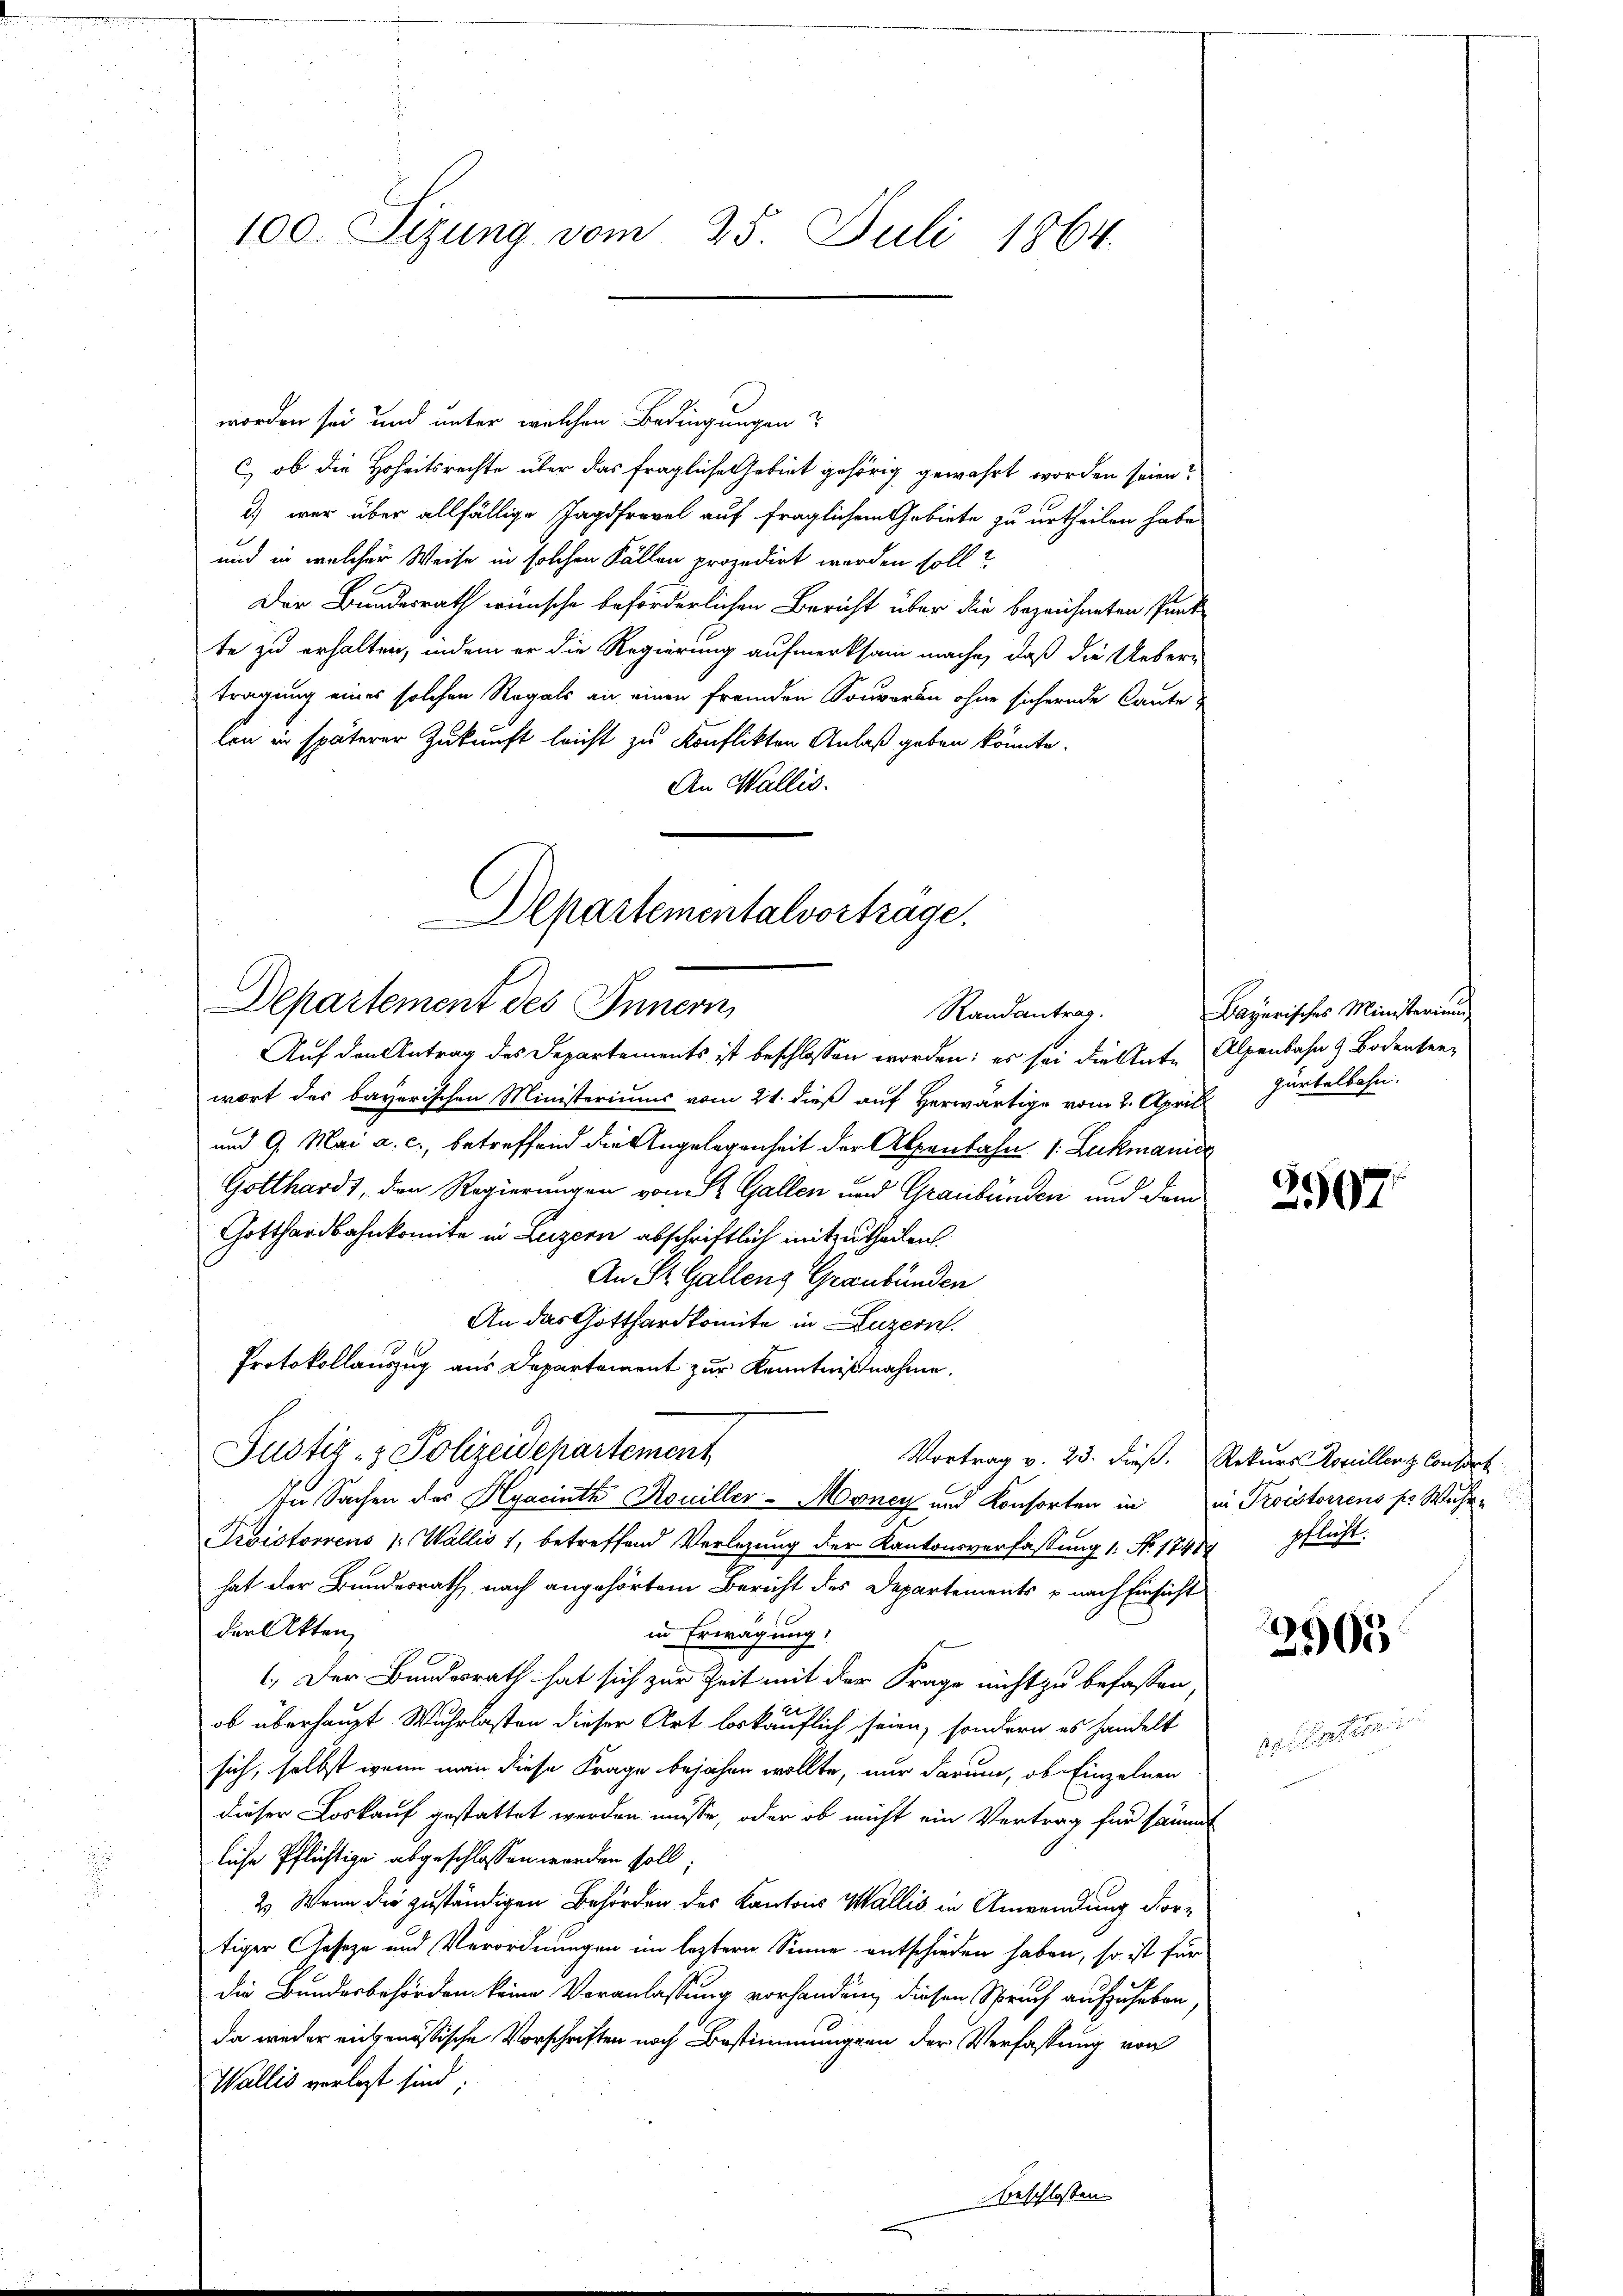
100. Sizung vom 25. Juli 1864.

worden sei und unter welchen Bedingungen
c, ob die Hoheitsrechte über das fragliche Gebiet gehörig gewährt worden seien?
) war über allfällige Jagdfrevel auf fraglichem Gebiete zu urtheilen habe
und in welcher Weise in solchen Fällen prozedirt werden soll?
Der Bundesrath wünsche beförderlichen Bericht über die bezeichneten Punk
te zu erhalten, indem er die Regierung aufmerksam mache, daß die Ueberi
tragung eines solchen Regals an einen fremden Souveran ohne sichernde Caute
len in späterer Zukunft leicht zu konflikten Anlaß geben könnte.
An Wallis.
Auf den Antrag des Separtements ist beschlossen worden; es sei die Ante Alpenbahn & Bodenten,
wort des bayerischen Ministeriums vom 21. dieß auf Herwärtige vom 2. April
und 9. Mai a. c., betreffend die Angelegenheit der Alpenbahn /. Lukmanis
Gotthards, den Regierungen von St. Gallen und Graubünden und dem
Gotthardbahnkomite in Luzern abschriftlich mitzutheilen.
An St. Galleng Graubünden
An das Gotthardkomite in Luzern
Protokollauszug aus Departement zur Kenntnißnahme.
Justiz- & Polizeidepartement
Vortrag v. 23. dieß. Rekurs Roscillenz Consort
In Sachen des Hyacinth Kouiller-Money und Konsorten in in Troistorrens pr Wuhr-
Trvistorrens 1. Wallis 1, betreffend Verlegung der Kantonsverfassung 1. No. 1741 pflicht.
hat der Bundesrath, nach angehörtem Bericht des Departements u nach Einsicht
der Akten
in Erwägung.
1. Der Bundesrath hat sich zur Zeit mit der Frage nicht zu befassen,
ob überhaupt Wuhrlasten dieser Art bekäuflich seien, sondern es handelt
sich, selbst wenn man diese Frage bejahen wollte, nur darum, ob Einzelnen
dieser Loskauf gestattet werden müsse, oder ob nicht ein Vertrag für sämmt
liche Pflichtige abgeschlossen worden soll.
2.) Wenn die zuständigen Behörden des Kantons Wallis in Anwendung dortiger Geseze und Verordnungen im leztern Sinne entschieden haben, so ist für
die Bundesbehörden keine Veranlassung vorhanden, diesen Spruch aufzuheben,
da weder eingenössische Vorschriften noch Bestimmungen der Verfassung von
Wallis verlegt sind;
beschlossen
n

Departementalvorträge.
Departement des Innern,
Randantrag.

Bayerisches Ministerium
gürtelbahn.

2507.

14
105

e